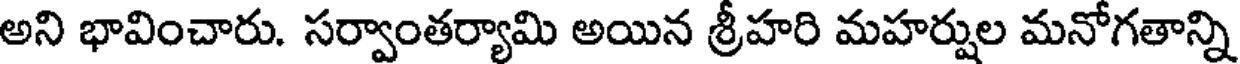
అని భావించారు. సర్వాంతర్యామి అయిన శ్రీహరి మహర్షుల మనోగతాన్ని